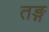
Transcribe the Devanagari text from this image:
तङ्ग